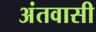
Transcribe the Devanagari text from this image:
अंतवासी